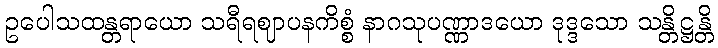
ဥပေါသထန္တရာယော သရီရဈာပနကိစ္စံ နာဂသုပဏ္ဏာဒယော ဒုဒ္ဒသော သန္တိဋ္ဌန္တိ